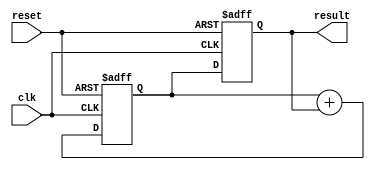
// Computer Organization - IUST Spring 2023
// Verilog HW0 : 2
//-----------------------------------------
// Fibonacci Sequence Generator

`timescale 1ns / 1ps
module Fibonacci 
( 
    input clk, 
    input reset, 
    output [11 : 0] result
); 
    reg [11:0] previous_value;
    reg [11:0] current_value;

    always @(posedge clk or posedge reset)
    begin
        if (reset == 1'b1)
        begin
            previous_value <= 12'b0;
            current_value <= 12'b1;
        end
        else if (clk == 1'b1)
        begin
            previous_value <= current_value;
            current_value<= current_value + previous_value;
        end
    end
    assign result = previous_value;
endmodule